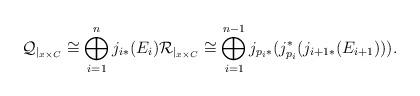
LaTeX: \begin{align*}\mathcal{Q}_{|_{x \times C}} \cong \bigoplus_{i=1}^{n}j_{i*}(E_i) \mathcal{R}_{|_{x \times C}} \cong \bigoplus_{i=1}^{n-1} j_{p_i *}(j_{p_i}^*(j_{i+1 *}(E_{i+1}))).\end{align*}